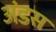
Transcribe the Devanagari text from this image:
अंडस